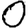
Digit: 0